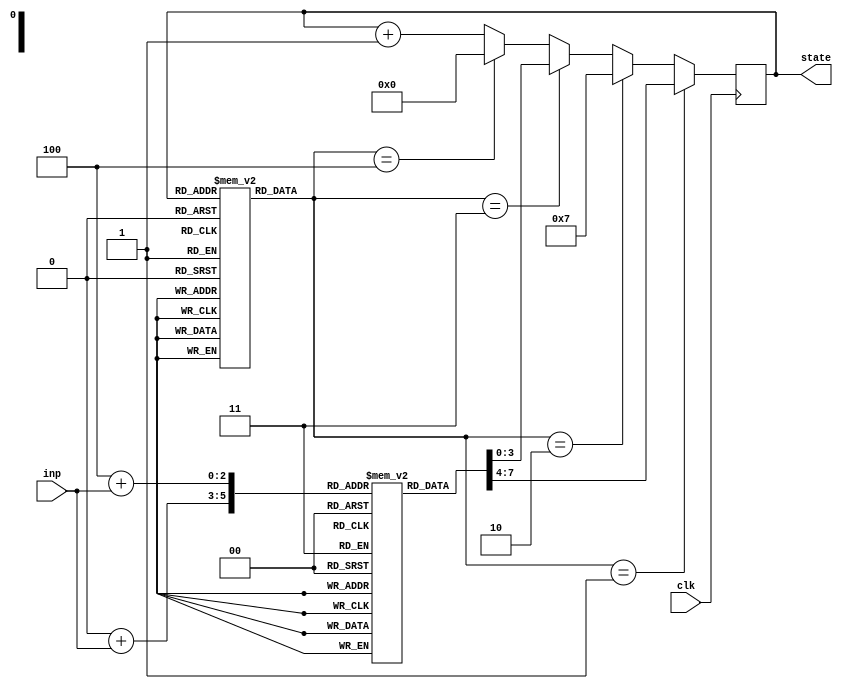
module fsm(inp, clk, state);

input clk;
input [1:0] inp;

output reg [3:0] state;

reg [2:0] microrom [0:12];
reg [3:0] dispatch [0:1] [0:3];

reg [2:0] mval;

initial begin

state<= 0;
microrom[0]<=0;
microrom[1]<=0;
microrom[2]<=0;
microrom[3]<=1;
microrom[4]<=2;
microrom[5]<=2;
microrom[6]<=2;
microrom[7]<=0;
microrom[8]<=0;
microrom[9]<=0;
microrom[10]<=3;
microrom[11]<=4;
microrom[12]<=4;
dispatch[0][0]<=4;
dispatch[0][1]<=5;
dispatch[0][2]<=6;
dispatch[0][3]<=6;
dispatch[1][0]<=11;
dispatch[1][1]<=12;
dispatch[1][2]<=12;
dispatch[1][3]<=12;

end

always @(posedge clk) begin
    mval=microrom[state];
    if(mval == 1) begin
        state <= #2 dispatch[0][inp];
    end
    else if(mval == 2) begin
        state <= #2 7;
    end
    else if(mval == 3) begin
        state <= #2 dispatch[1][inp];
    end
    else if(mval == 4) begin
        state <= #2 0;
    end
    else begin
        state <= #2 state+1;
    end
end

endmodule